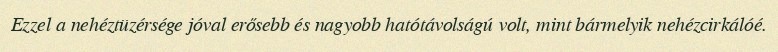
Ezzel a nehéztüzérsége jóval erősebb és nagyobb hatótávolságú volt, mint bármelyik nehézcirkálóé.